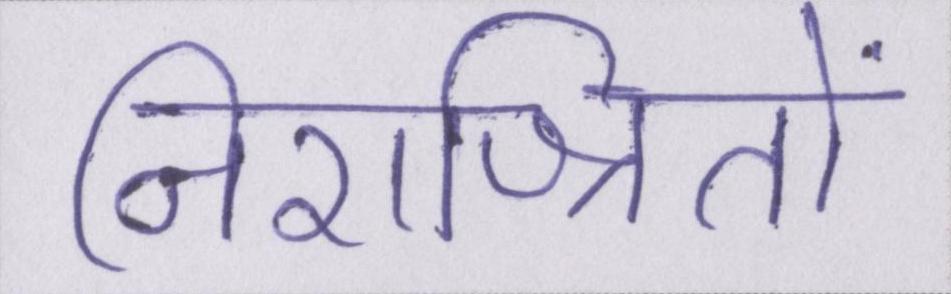
निराश्रितों